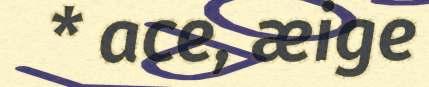
* ace, æige